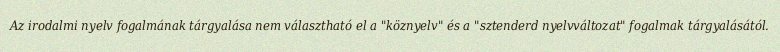
Az irodalmi nyelv fogalmának tárgyalása nem választható el a "köznyelv" és a "sztenderd nyelvváltozat" fogalmak tárgyalásától.